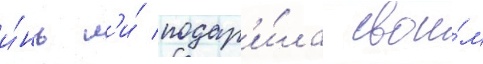
и́нь л'и́ подар'и́ла свои́м